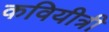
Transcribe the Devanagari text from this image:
कवियीत्री